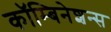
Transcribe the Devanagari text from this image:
कॉम्बिनेशन्स